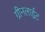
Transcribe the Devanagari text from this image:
ग्रीनलाईट